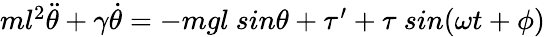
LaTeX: \begin{array}{r}{ml^{2}\ddot{\theta}+\gamma\dot{\theta}=-mgl~sin\theta+\tau^{\prime}+\tau~sin(\omega t+\phi)}\end{array}